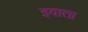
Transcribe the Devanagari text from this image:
इवाता